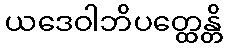
ယဒေဝါဘိပတ္ထေန္တိ